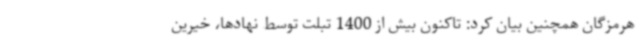
هرمزگان همچنین بیان کرد: تاکنون بیش از 1400 تبلت توسط نهادها، خیرین